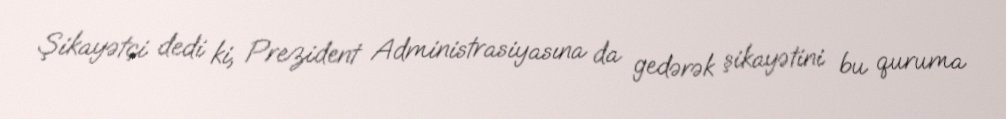
Şikayətçi dedi ki, Prezident Administrasiyasına da gedərək şikayətini bu quruma